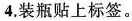
4.装瓶贴上标签。